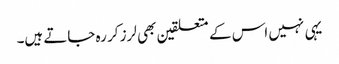
یہی نہیں اس کے متعلقین بھی لرز کر رہ جاتے ہیں۔